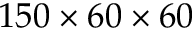
1 5 0 \times 6 0 \times 6 0